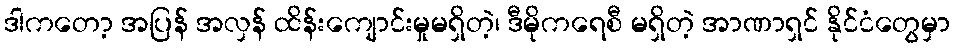
ဒါကတော့ အပြန် အလှန် ထိန်းကျောင်းမှုမရှိတဲ့၊ ဒီမိုကရေစီ မရှိတဲ့ အာဏာရှင် နိုင်ငံတွေမှာ